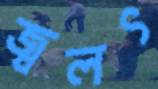
জ্বলৎ